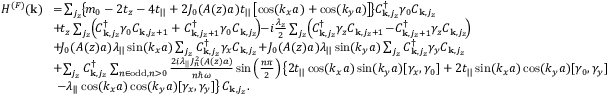
\begin{array} { r l } { H ^ { ( F ) } ( { \bf k } ) } & { \! = \! \sum _ { j _ { z } } \! \left\{ \! m _ { 0 } - 2 t _ { z } - 4 t _ { | | } + 2 { \cal J } _ { 0 } ( A ( z ) a ) t _ { | | } \left[ \cos ( k _ { x } a ) + \cos ( k _ { y } a ) \right] \! \right\} \! C _ { { \bf k } , j _ { z } } ^ { \dagger } \gamma _ { 0 } C _ { { \bf k } , j _ { z } } } \\ & { \! + \! t _ { z } \sum _ { j _ { z } } \! \left( \! C _ { { \bf k } , j _ { z } } ^ { \dagger } \gamma _ { 0 } C _ { { \bf k } , j _ { z } + 1 } + C _ { { \bf k } , j _ { z } + 1 } ^ { \dagger } \gamma _ { 0 } C _ { { \bf k } , j _ { z } } \! \right) \! \! - \! i \frac { \lambda _ { z } } { 2 } \sum _ { j _ { z } } \! \left( \! C _ { { \bf k } , j _ { z } } ^ { \dagger } \gamma _ { z } C _ { { \bf k } , j _ { z } + 1 } \! - \! C _ { { \bf k } , j _ { z } + 1 } ^ { \dagger } \gamma _ { z } C _ { { \bf k } , j _ { z } } \! \right) \! } \\ & { \! + \! { \cal J } _ { 0 } ( A ( z ) a ) \lambda _ { | | } \sin ( k _ { x } a ) \sum _ { j _ { z } } C _ { { \bf k } , j _ { z } } ^ { \dagger } \gamma _ { x } C _ { { \bf k } , j _ { z } } \! + \! { \cal J } _ { 0 } ( A ( z ) a ) \lambda _ { | | } \sin ( k _ { y } a ) \sum _ { j _ { z } } C _ { { \bf k } , j _ { z } } ^ { \dagger } \gamma _ { y } C _ { { \bf k } , j _ { z } } } \\ & { \! + \! \sum _ { j _ { z } } C _ { { \bf k } , j _ { z } } ^ { \dagger } \sum _ { n \in \mathrm { o d d } , n > 0 } \frac { 2 i \lambda _ { | | } { \cal J } _ { n } ^ { 2 } ( A ( z ) a ) } { n \hbar \omega } \sin \left( \frac { n \pi } { 2 } \right) \left\{ 2 t _ { | | } \cos ( k _ { x } a ) \sin ( k _ { y } a ) [ \gamma _ { x } , \gamma _ { 0 } ] + 2 t _ { | | } \sin ( k _ { x } a ) \cos ( k _ { y } a ) [ \gamma _ { 0 } , \gamma _ { y } ] \right. } \\ & { \left. - \lambda _ { | | } \cos ( k _ { x } a ) \cos ( k _ { y } a ) [ \gamma _ { x } , \gamma _ { y } ] \right\} C _ { { \bf k } , j _ { z } } . } \end{array}